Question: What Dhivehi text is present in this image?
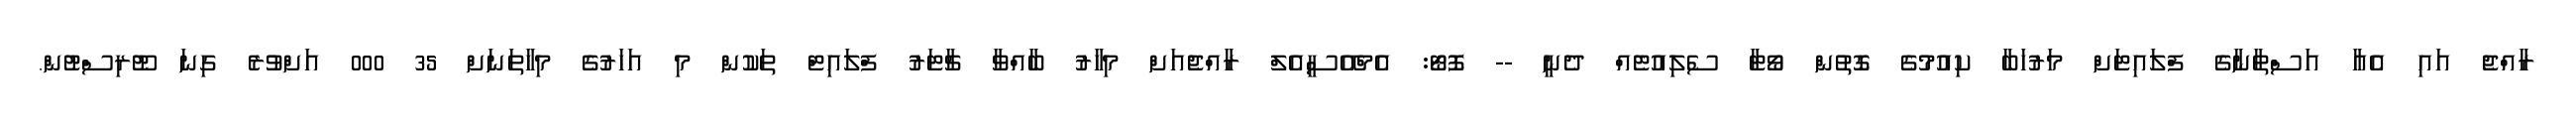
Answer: ރާއްޖެ އައި އެއާ އަސްތާނާގެ ފްލައިޓަށް މަރުހަބާ ކިއުމުގެ ގޮތުން ވޯޓާ ސެލިއުޓެއް ދެނީ -- ފޮޓޯ: އެމްއޭސީއެލް ރާއްޖެއަށް މިހާރު ބާއްވާ ޗާޓަރު ފްލައިޓް ތަކުން މި އަހަރުގެ މިހާތަނަށް 35 000 އަށްވުރެ ގިނަ ޓޫރިސްޓުން.